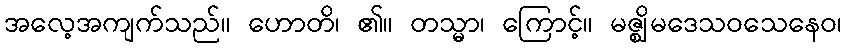
အလေ့အကျက်သည်။ ဟောတိ၊ ၏။ တသ္မာ၊ ကြောင့်။ မဇ္ဈိမဒေသဝသေနေဝ၊